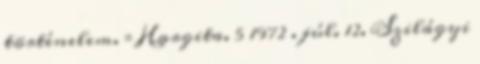
történelem. = Hargita. 5 1972 . júl. 12. Szilágyi